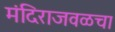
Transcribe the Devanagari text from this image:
मंदिराजवळचा